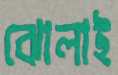
ঝোলাই